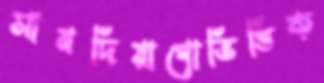
সানদিয়াগোভিত্তিক